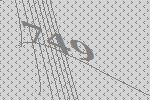
749